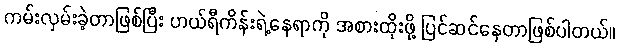
ကမ်းလှမ်းခဲ့တာဖြစ်ပြီး ဟယ်ရီကိန်းရဲ့နေရာကို အစားထိုးဖို့ ပြင်ဆင်နေတာဖြစ်ပါတယ်။